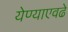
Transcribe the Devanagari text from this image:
येण्याएवढे